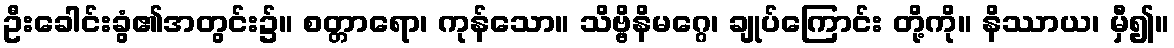
ဦးခေါင်းခွံ၏အတွင်း၌။ စတ္တာရော၊ ကုန်သော။ သိဗ္ဗိနိမဂ္ဂေ၊ ချုပ်ကြောင်း တို့ကို။ နိဿာယ၊ မှီ၍။